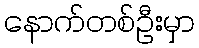
နောက်တစ်ဦးမှာ